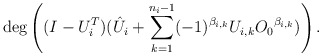
\begin{align*}{\deg}\left( (I-U_i^T)(\hat{U}_i+ \sum_{k=1}^{n_i-1} (-1)^{\beta_{i,k}} U_{i,k} {O_0} ^{\beta_{i,k} }) \right) \mbox{.}\end{align*}